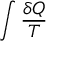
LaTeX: \int { \frac { \delta Q } { T } }